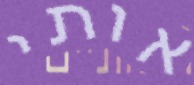
אותי